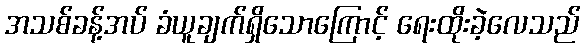
အသစ်ခန့်အပ် ခံယူချက်ရှိသောကြောင့် ရေးထိုးခဲ့လေသည်